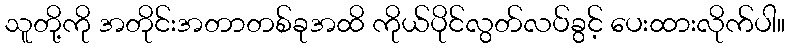
သူတို့ကို အတိုင်းအတာတစ်ခုအထိ ကိုယ်ပိုင်လွတ်လပ်ခွင့် ပေးထားလိုက်ပါ။